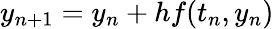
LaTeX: y_{n+1}=y_{n}+hf(t_{n},y_{n})